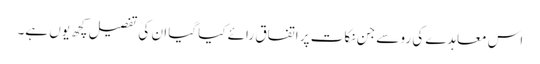
اس معاہدے کی رو سے جن نکات پر اتفاق رائے کیا گیا ان کی تفصیل کچھ یوں ہے۔